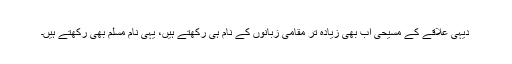
دیہی علاقے کے مسیحی اب بھی زیادہ تر مقامی زبانوں کے نام ہی رکھتے ہیں، یہی نام مسلم بھی رکھتے ہیں۔